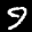
Label: 9